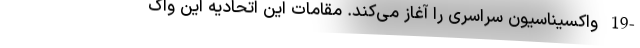
-19 واکسیناسیون سراسری را آغاز می‌کند. مقامات این اتحادیه این واک